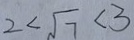
2 < \sqrt { 7 } < 3